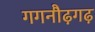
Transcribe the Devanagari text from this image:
गगनौढ़गढ़